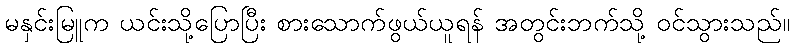
မနှင်းမြူက ယင်းသို့ပြောပြီး စားသောက်ဖွယ်ယူရန် အတွင်းဘက်သို့ ဝင်သွားသည်။